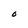
Character: O